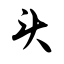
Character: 头